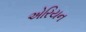
એરિયન